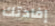
إفادتك